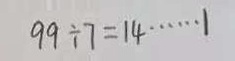
9 9 \div 7 = 1 4 \cdots 1